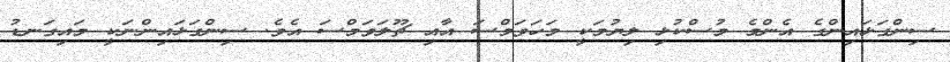
ސިންގަޅައިންގެ އެންމެ މުސްކުޅި ލިޔުމަކީ މަހަވަމްސަ އާއި ޗޫލަވަމްސަ އެވެ. ސިންގަޅައިންނަކީ މައިގަނޑު